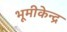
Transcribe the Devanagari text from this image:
भूमीकेन्द्र